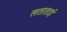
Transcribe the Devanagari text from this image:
लताताई